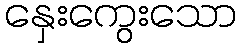
နှေးကွေးသော